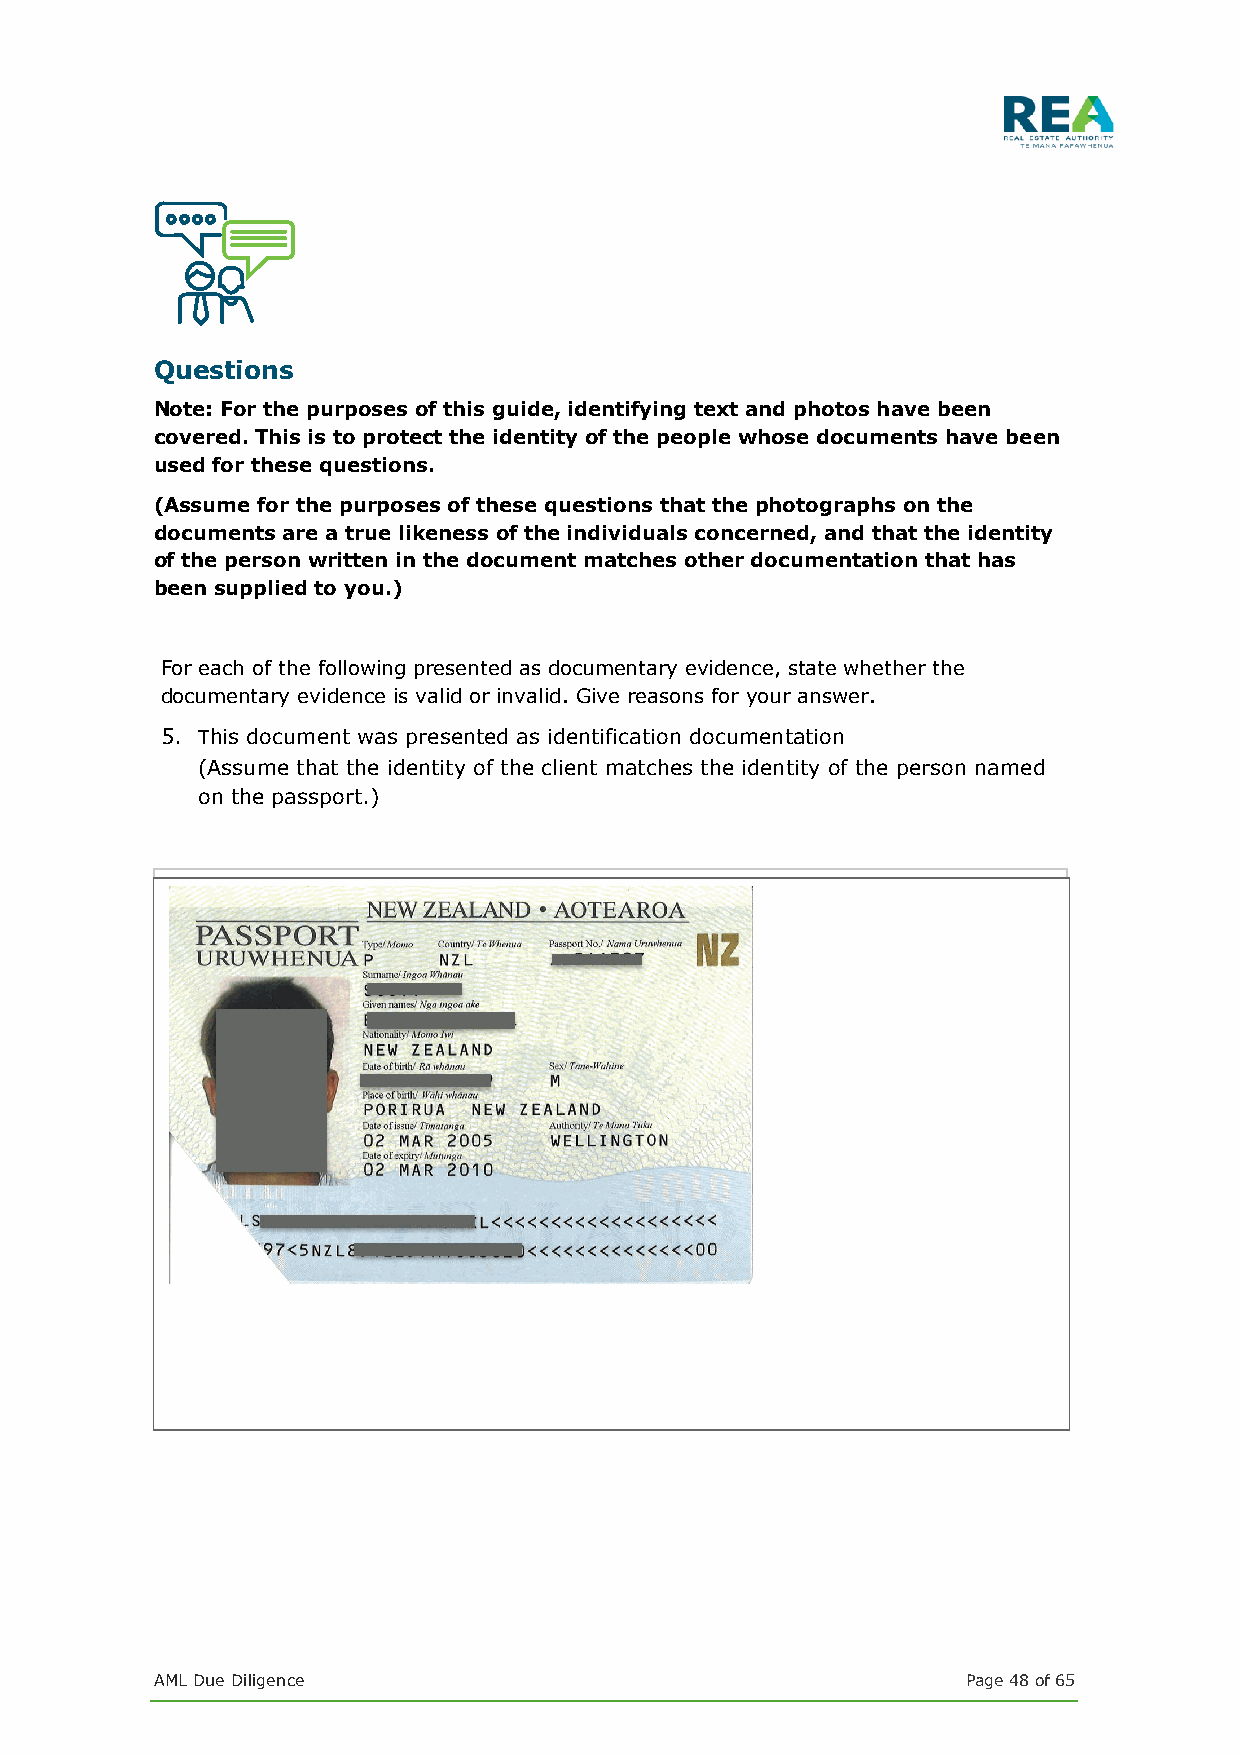
Questions
 Note: For the purposes of this guide, identifying text and photos have been
 covered. This is to protect the identity of the people whose documents have been
 used for these questions.
 (Assume for the purposes of these questions that the photographs on the
 documents are a true likeness of the individuals concerned, and that the identity
 of the person written in the document matches other documentation that has
 been supplied to you.)
 For each of the following presented as documentary evidence, state whether the
 documentary evidence is valid or invalid. Give reasons for your answer.
 5. This document was presented as identification documentation
 (Assume that the identity of the client matches the identity of the person named
 on the passport.)
 This passport is invalid as identification evidence because:
 •  The corner of the passport is ‘chopped off’
 •  Only one side of the passport has been copied (The part with the signature is not
 showing.)
 •  The passport has expired.
 •  A chartered accountant is on the list of trusted referees, so the person who
 certified the document was permitted to do this. However, the certification
 statement has not been dated.
 AML Due Diligence                                     Page 48 of 65